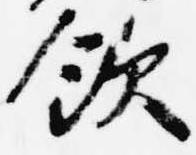
飲